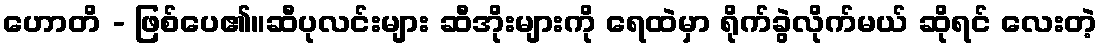
ဟောတိ - ဖြစ်ပေ၏။ဆီပုလင်းများ ဆီအိုးများကို ရေထဲမှာ ရိုက်ခွဲလိုက်မယ် ဆိုရင် လေးတဲ့